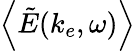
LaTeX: \left\langle\mathinner{\tilde{E}\mathopen{\left(k_{e},\omega\right)}}\right\rangle